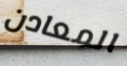
المعادن